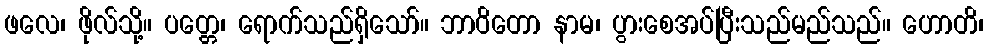
ဖလေ၊ ဖိုလ်သို့။ ပတ္တေ၊ ရောက်သည်ရှိသော်။ ဘာဝိတော နာမ၊ ပွားစေအပ်ပြီးသည်မည်သည်။ ဟောတိ၊